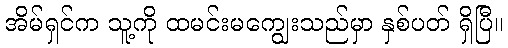
အိမ်ရှင်က သူ့ကို ထမင်းမကျွေးသည်မှာ နှစ်ပတ် ရှိပြီ။